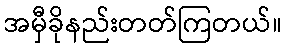
အမှီခိုနည်းတတ်ကြတယ်။